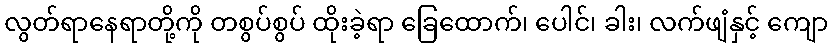
လွတ်ရာနေရာတို့ကို တစွပ်စွပ် ထိုးခဲ့ရာ ခြေထောက်၊ ပေါင်၊ ခါး၊ လက်ဖျံနှင့် ကျော